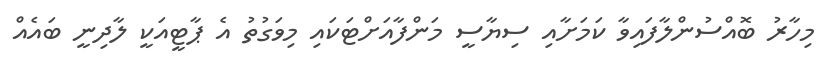
މިހާރު ބޮއްސުންލާފައިވާ ކަމަށާއި ސިޔާސީ މަންފާއަށްޓަކައި މިވަގުތު އެ ޕާޓީއަކީ ލާދިނީ ބައެއް